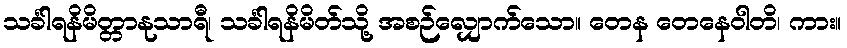
သင်္ခါရနိမိတ္တာနုသာရီ၊ သင်္ခါရနိမိတ်သို့ အစဉ်လျှောက်သော။ တေန တေနေဝါတိ၊ ကား။